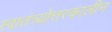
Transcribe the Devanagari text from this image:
स्वातंत्र्योत्तरकालीन